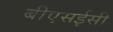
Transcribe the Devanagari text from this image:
बीएसईसी